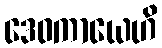
ဒေဝကာယေဟိ